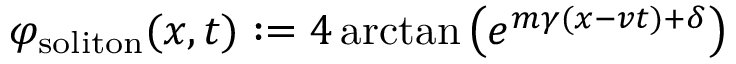
\varphi _ { \mathrm { s o l i t o n } } ( x , t ) : = 4 \arctan \left( e ^ { m \gamma ( x - v t ) + \delta } \right)